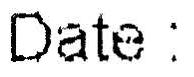
DATE :